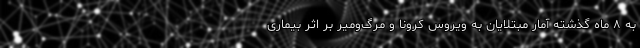
به ۸ ماه گذشته آمار مبتلایان به ویروس کرونا و مرگ‌ومیر بر اثر بیماری